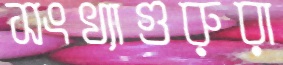
সংখ্যাগুরুরা